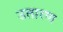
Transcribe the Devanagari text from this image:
उतारण